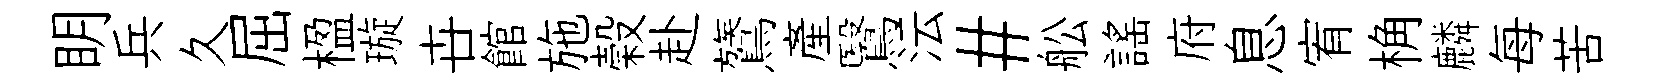
眀兵久屈楹璇卋館施榖赴鷟產鷖沄#舩謡府息宥桷麟每苦